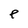
Character: e